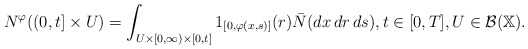
\begin{align*}N^{\varphi}((0,t]\times U)=\int_{U\times\lbrack0,\infty)\times [0,t]}1_{[0,\varphi(x,s)]}(r)\bar{N}(dx\,dr\,ds),t\in\lbrack0,T],U\in \mathcal{B}(\mathbb{X}). \end{align*}